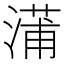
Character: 𬈩